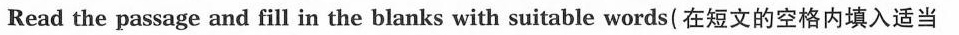
Read the passage and fill in the blanks with suitable words(在短文的空格内填入适当